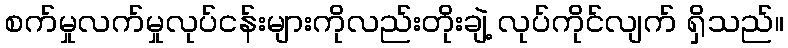
စက်မှုလက်မှုလုပ်ငန်းများကိုလည်းတိုးချဲ့ လုပ်ကိုင်လျက် ရှိသည်။